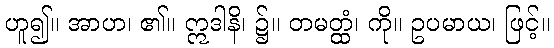
ဟူ၍။ အာဟ၊ ၏။ ဣဒါနိ၊ ၌။ တမတ္ထံ၊ ကို။ ဥပမာယ၊ ဖြင့်။